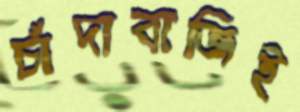
চাঁদাবাজিই